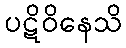
ပဋိဝိနေသိ